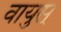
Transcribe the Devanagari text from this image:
वायुस्